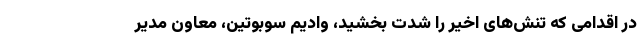
در اقدامی که تنش‌های اخیر را شدت بخشید، وادیم سوبوتین، معاون مدیر